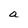
Character: a